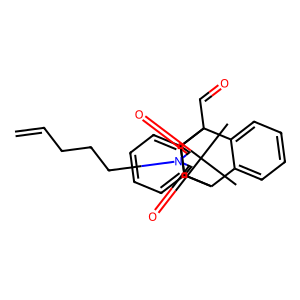
SMILES: C=CCCCN1C(=O)C2C3c4ccccc4C(C=O)(c4ccccc43)C2C1=O
Inhibits HIV replication: No